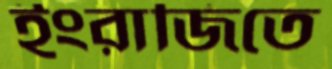
ইংরাজিতে